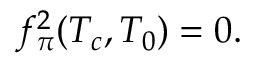
f _ { \pi } ^ { 2 } ( T _ { c } , T _ { 0 } ) = 0 .